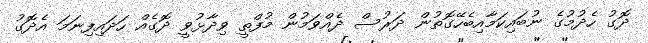
ދޮގު ހެދުމުގެ ނުބައިކަމާއިބެހޭގޮތުން ދަރުސް ދެއްވަމުން މުފްތީ ވިދާޅުވީ ދޮގެއް ހަދައިފިނަަމަ އެދޮގު